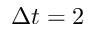
\Delta t = 2